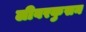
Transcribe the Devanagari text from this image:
लीवरकुसन